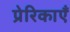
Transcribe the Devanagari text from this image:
प्रेरिकाएँ